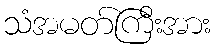
သံအမတ်ကြီးအား